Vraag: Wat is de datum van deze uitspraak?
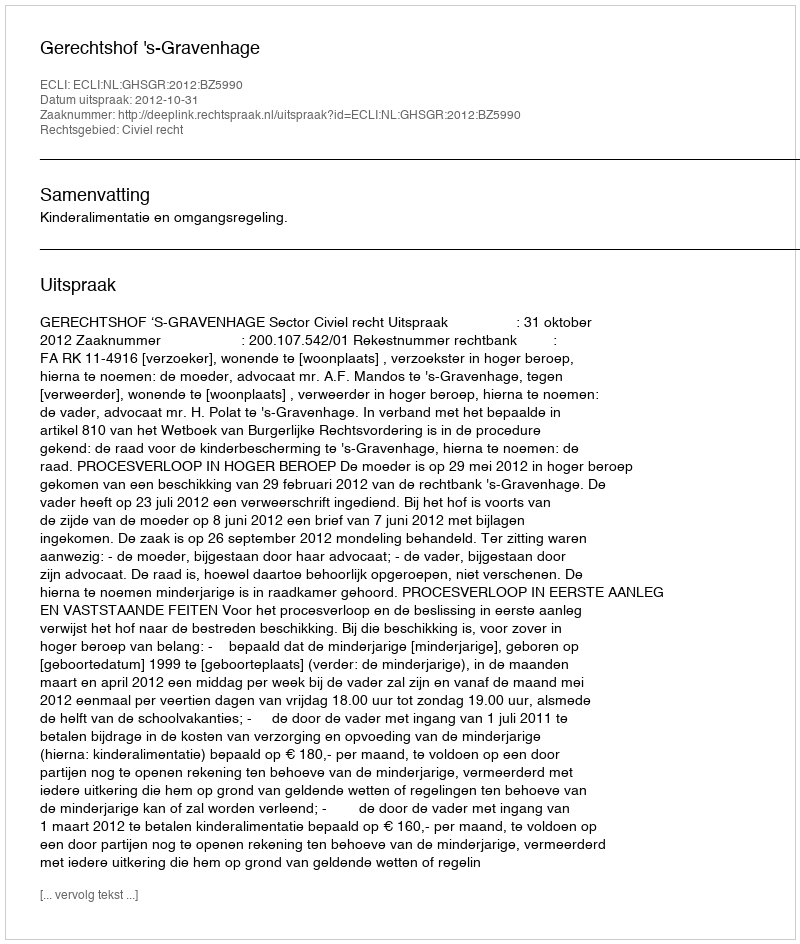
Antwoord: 2012-10-31